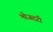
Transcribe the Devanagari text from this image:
भोजदरी